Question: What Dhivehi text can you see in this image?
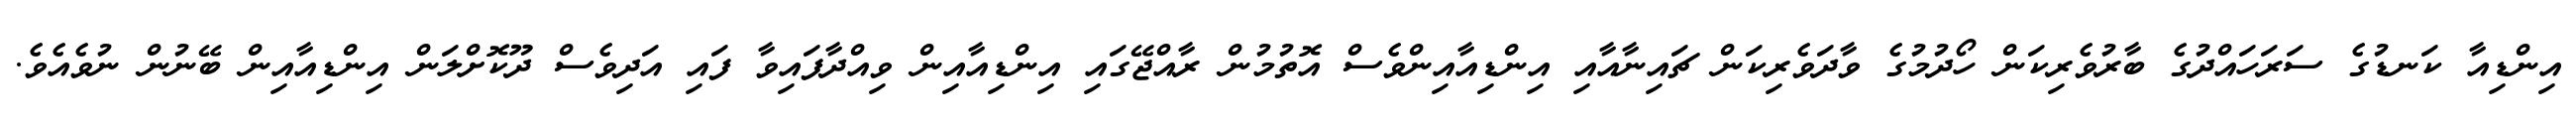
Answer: އިންޑިއާ ކަނޑުގެ ސަރަހައްދުގެ ބާރުވެރިކަން ހޯދުމުގެ ވާދަވެރިކަން ޗައިނާއާއި އިންޑިއާއިންވެސް އޮތުމުން ރާއްޖޭގައި އިންޑިއާއިން ވިއްދާފައިވާ ފައި އަދިވެސް ދޫކޮށްލަން އިންޑިއާއިން ބޭނުން ނުވެއެވެ.